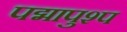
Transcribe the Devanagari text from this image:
पद्मापुश्प